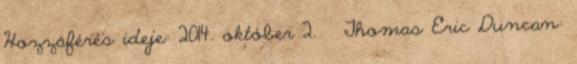
Hozzáférés ideje: 2014. október 2. ↑ Thomas Eric Duncan: